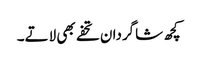
کچھ شاگردان تحفے بھی لاتے۔